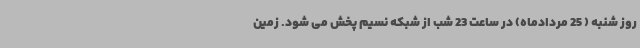
روز شنبه ( 25 مردادماه) در ساعت 23 شب از شبکه نسیم پخش می شود. زمین